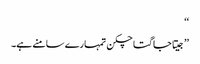
‘‘
’’جیتا جاگتا چکن تمہارے سامنے ہے۔